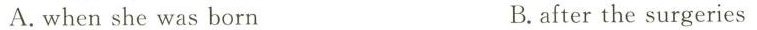
A.when she was born B.after the surgeries